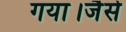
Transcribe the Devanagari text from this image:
गया।जैसे